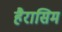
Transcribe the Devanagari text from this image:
हैरासिम